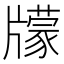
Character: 𤘁